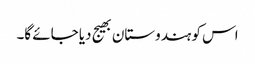
اس کو ہندوستان بھیج دیا جائے گا۔